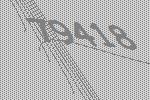
79418